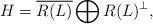
LaTeX: \begin{align*}H = \overline{R(L)} \bigoplus R(L)^\perp,\end{align*}